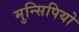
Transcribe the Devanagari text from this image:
मुन्सिपियो